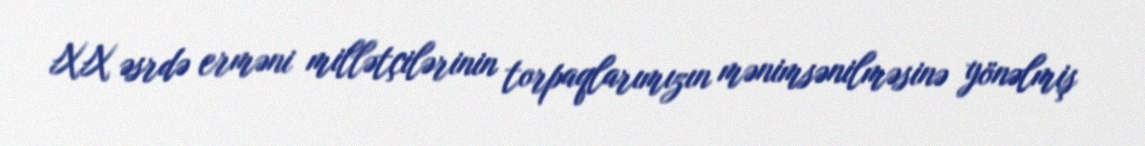
XX əsrdə erməni millətçilərinin torpaqlarımızın mənimsənilməsinə yönəlmiş